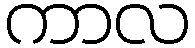
ကာလ